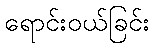
ရောင်းဝယ်ခြင်း